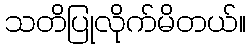
သတိပြုလိုက်မိတယ်။